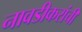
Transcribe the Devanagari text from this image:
नावडीकरांची